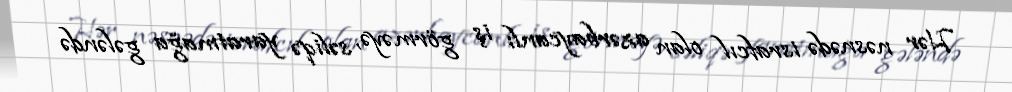
Hər nəsnədə israfcıl olan azərbaycanlı iş görməyə, səliqə yaratmağa gələndə